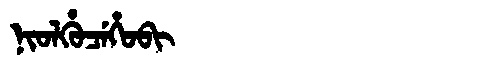
Manchu: ᠨᡳᠣᠯᡥᡠᠴᡝᡥᠣᠪᡳ
Romanization: NIOLHUCEHOBI